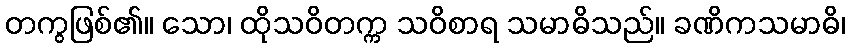
တကွဖြစ်၏။ သော၊ ထိုသဝိတက္က သဝိစာရ သမာဓိသည်။ ခဏိကသမာဓိ၊